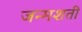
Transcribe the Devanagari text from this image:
जन्‍मशती